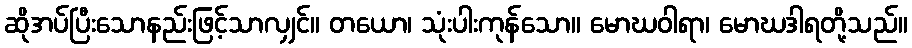
ဆိုအပ်ပြီးသောနည်းဖြင့်သာလျှင်။ တယော၊ သုံးပါးကုန်သော။ မောဃဝါရာ၊ မောဃဒါရတို့သည်။